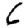
Digit: 6